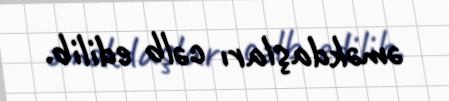
əməkdaşları cəlb edilib.